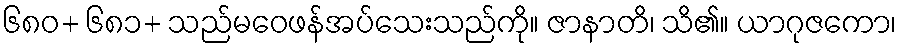
၆၈၀+ ၆၈၁+ သည်မဝေဖန်အပ်သေးသည်ကို။ ဇာနာတိ၊ သိ၏။ ယာဂုဇကော၊